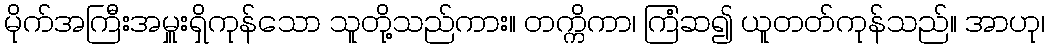
မိုက်အကြီးအမှူးရှိကုန်သော သူတို့သည်ကား။ တက္ကိကာ၊ ကြံဆ၍ ယူတတ်ကုန်သည်။ အာဟု၊